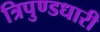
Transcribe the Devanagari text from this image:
त्रिपुण्डधारी